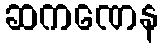
ဆကဏေန